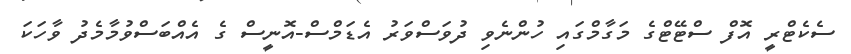
ސެކެޓްރީ އޮފް ސްޓޭޓްގެ މަގާމްގައި ހުންނެވި ދުވަސްވަރު އެޑަމްސް-އޮނީސް ގެ އެއްބަސްވުމާމެދު ވާހަކަ